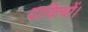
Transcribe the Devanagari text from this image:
दायित्वों।